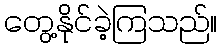
တွေ့နိုင်ခဲ့ကြသည်။